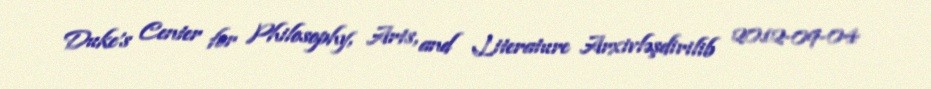
Duke's Center for Philosophy, Arts, and Literature Arxivləşdirilib 2012-09-04